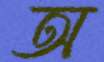
অ